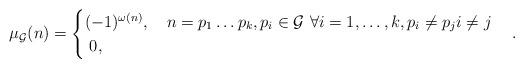
LaTeX: \begin{align*}\mu_\mathcal{G}(n)=\begin{cases}(-1)^{\omega(n)}, \quad n=p_1\dots p_k, p_i\in \mathcal{G} \,\, \forall i=1,\dotsc,k, p_i\neq p_j i\neq j\\\;0, \quad\end{cases}.\end{align*}